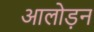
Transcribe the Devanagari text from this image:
आलोड़न